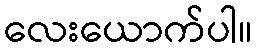
လေးယောက်ပါ။